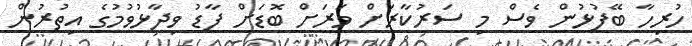
ހުރިހާ ބޭފުޅުން ވެސް މި ސަރުކާރަށް ވަރަށް ބޮޑަށް ފާޑު ވިދާޅުވުމުގެ އިތުރުން